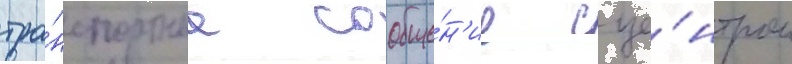
тра́нспортное сообще́н'ие с це́нтром